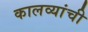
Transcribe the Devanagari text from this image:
कालव्यांची